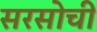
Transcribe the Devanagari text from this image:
सरसोची